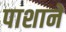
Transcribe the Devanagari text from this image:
पाशाने